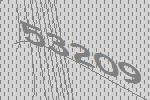
53209